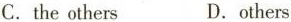
C.the others D.others